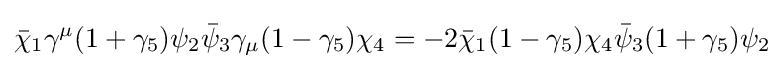
{\bar {\chi }}_{1}\gamma ^{\mu }(1+\gamma _{5})\psi _{2}{\bar {\psi }}_{3}\gamma _{\mu }(1-\gamma _{5})\chi _{4}=-2{\bar {\chi }}_{1}(1-\gamma _{5})\chi _{4}{\bar {\psi }}_{3}(1+\gamma _{5})\psi _{2}